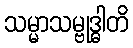
သမ္မာသမ္ဗုဒ္ဓါတိ